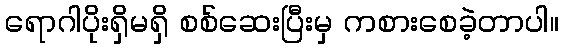
ရောဂါပိုးရှိမရှိ စစ်ဆေးပြီးမှ ကစားစေခဲ့တာပါ။